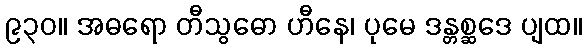
၉၃၀။ အဓရော တီသွဓော ဟီနေ၊ ပုမေ ဒန္တစ္ဆဒေ ပျထ။